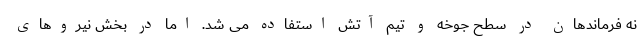
نه فرماندهان در سطح جوخه و تیم آتش استفاده می شد. اما در بخش نیروهای